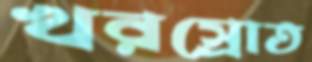
খরস্রোত